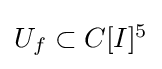
{\textstyle U_{f}\subset C[I]^{5}}